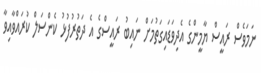
ނަމަވެސް ރައީސް ޔާމީންގެ އެދިވަޑައިގަތުމަށް ނައިބު ރައީސްގެ އެ ދަތުރުފުޅު ކެންސަލް ކުރައްވާއިވާ